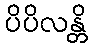
ပိပိလန္တိ